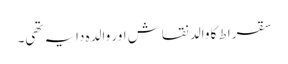
سقراط کا والد نقاش اور والدہ دایہ تھی۔